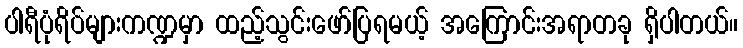
ပါရီပုံရိပ်များကဏ္ဍမှာ ထည့်သွင်းဖော်ပြရမယ့် အကြောင်းအရာတခု ရှိပါတယ်။